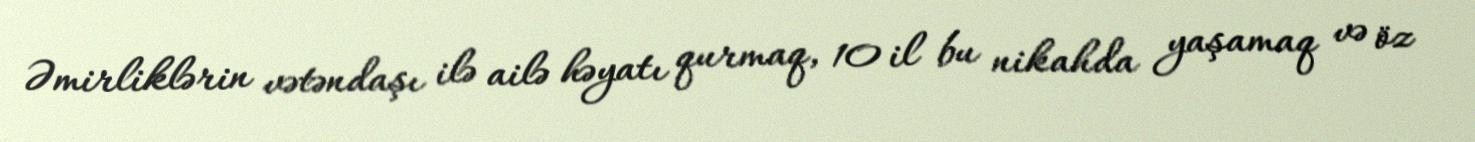
Əmirliklərin vətəndaşı ilə ailə həyatı qurmaq, 10 il bu nikahda yaşamaq və öz